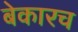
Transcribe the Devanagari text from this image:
बेकारच